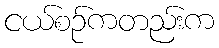
ငယ်စဉ်ကတည်းက